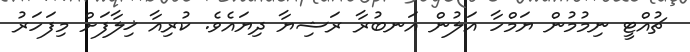
ޗުއްޓީ ނިމުމުން ޔަމްހާ އަލުން އަނބުރާ ރަޝިޔާ ދިޔައެވެ. ކުރިއާ ޚިލާފަށް މިފަހަރު